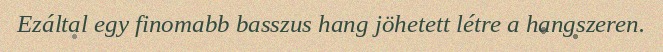
Ezáltal egy finomabb basszus hang jöhetett létre a hangszeren.